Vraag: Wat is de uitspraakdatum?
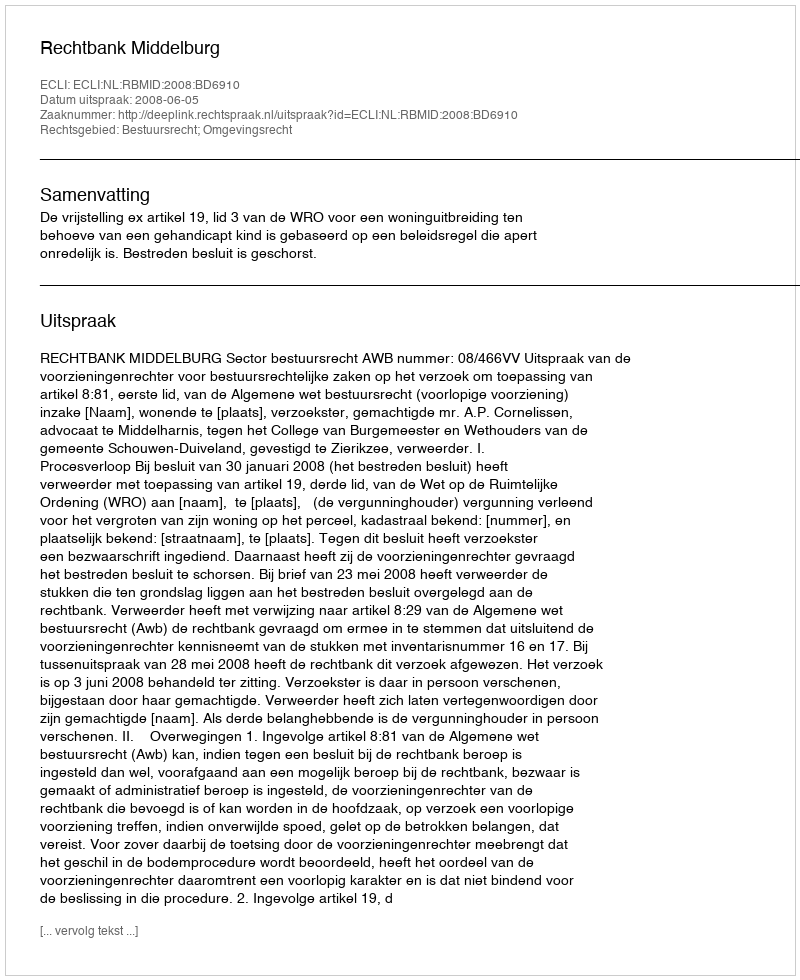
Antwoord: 2008-06-05